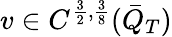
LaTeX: v\in C^{\frac{3}{2},\frac{3}{8}}(\bar{Q}_{T})